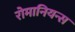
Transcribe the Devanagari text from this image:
रोमानियन्स